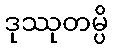
ဒုဿုတမ္ပိ